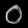
Digit: ၀